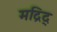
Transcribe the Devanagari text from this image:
मद्रिद्